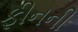
ફીનની